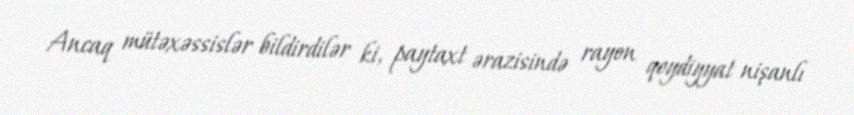
Ancaq mütəxəssislər bildirdilər ki, paytaxt ərazisində rayon qeydiyyat nişanlı